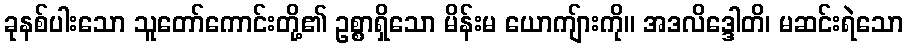
ခုနစ်ပါးသော သူတော်ကောင်းတို့၏ ဥစ္စာရှိသော မိန်းမ ယောကျ်ားကို။ အဒလိဒ္ဒေါတိ၊ မဆင်းရဲသော